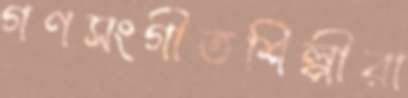
গণসংগীতশিল্পীরা